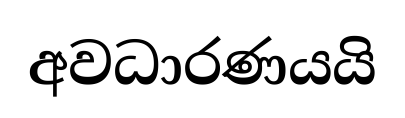
අවධාරණයයි